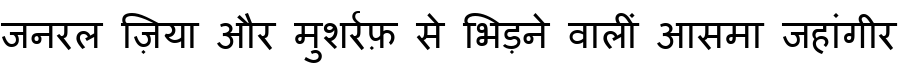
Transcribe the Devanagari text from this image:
जनरल ज़िया और मुशर्रफ़ से भिड़ने वालीं आसमा जहांगीर